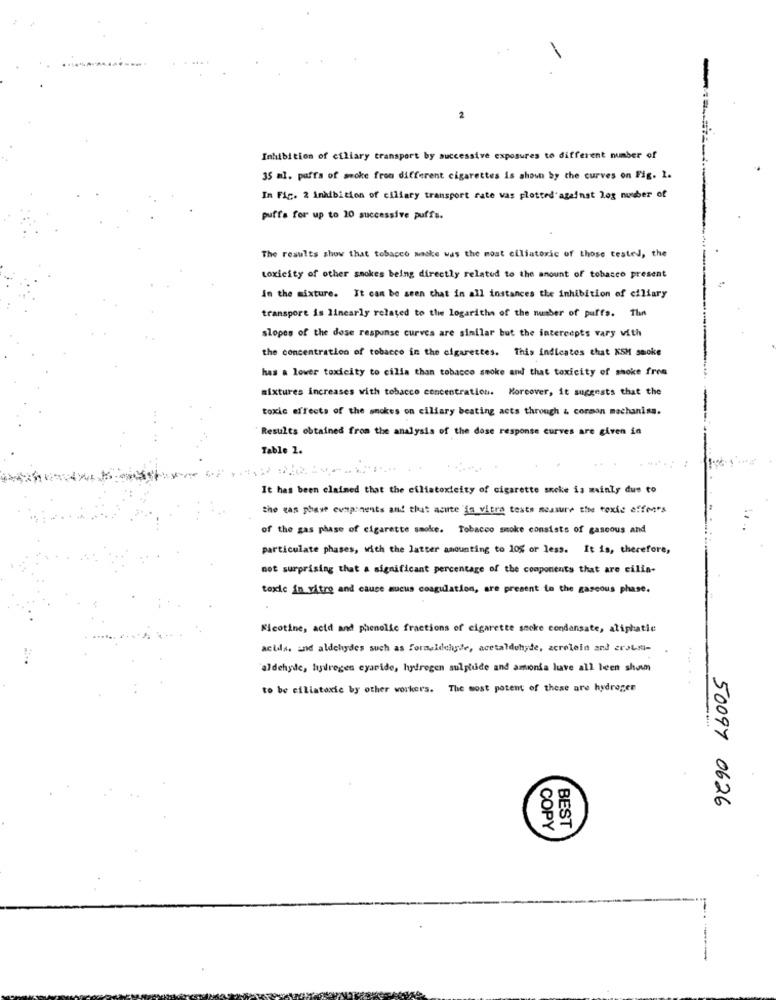
2
Inhibition of ciliary transport by successive exposures to different number of
35 ml. puffa of smoke from different cigarettes is shown by the curves on Fig. 1.
In Fig. 2 inhibition of ciliary transport rate was plotted against log number of
puffa for up to 10 successive puffs.
The results show that tobacco sacke was the most elliatoxic of those tested, the
toxicity of other smokes being directly related to the amount of tobacco present
In the mixture. It can be seen that in all instances the inhibition of ciliary
transport is linearly related to the logariths of the number of puffs. The
slopes of the dose response curves are similar but the intercepts vary with
the concentration of tobacco in the cigarettes. This indicates that KSM smoke
has a lower toxicity to cilla than tobacco smoke and that toxicity of shoke from
mixtures increases with tobacco concentration. Moreover, it suggests that the
toxic effects of the smokes on ciliary beating acts through & cormon mechanisa.
Results obtained from the analysis of the dose response curves are given in
Table 2.
It has been claimed that the eiliatoxicity of cigarette sncke is mainly due to
the was phave components and that acute 'ja vitra tests measure the toxic offenes
of the gas phase of cigarette smoke. Tobacco smoke consists of gaseous and
particulate phases, with the latter amounting to 10% or less. It is, therefore,
not surprising that a significant percentage of the components that are cilia-
toxic in vitro and cause mucus coagulation, are present to the gascous phase.
Nicotine, acid and phenolic fractions of cigarette smoke condensate, aliphatic
acidas and aldehydes such as formaldehyde, acetaldehyde, zcrolein and erotm-
aldehyde, hydrogen eyaride, hydrogen sulphude and amonia have all been shown
to be cillatoxic by other workers. The most potent of these are hydrogen
50097 0626
COPY
BEST